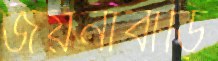
জয়নাবাড়ি